Reports on dispensaries and lunatic asylums in the Province of Oudh - 1869-1876
Year: 1869
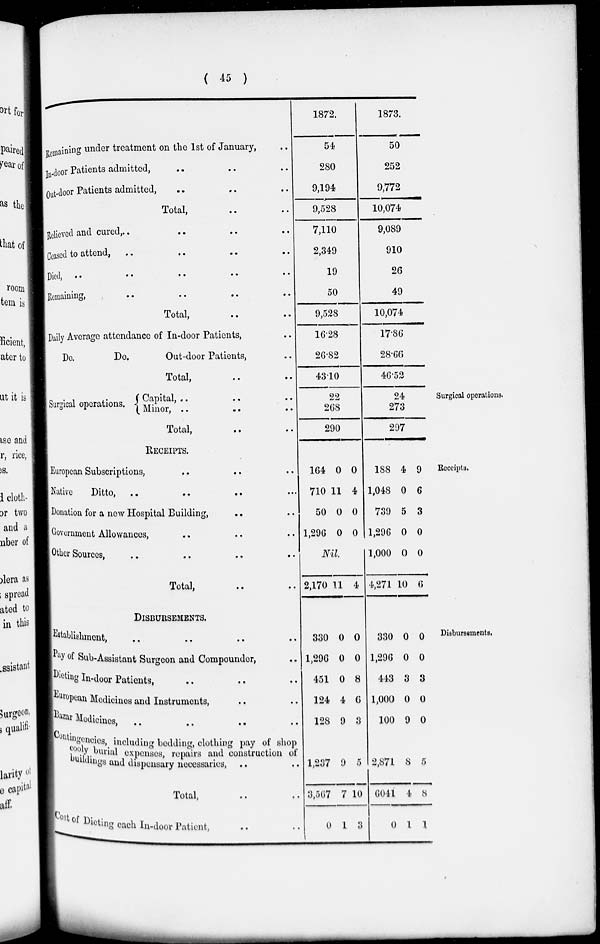
( 45 )
Remaining under treatment on the 1st of January, ..
In-door Patients admitted, .. .. ..
Out-door Patients admitted, .. .. ..
Total, .. ..
Believed and cured, .. .. .. ..
Ceased to attend, .. .. .. ..
Died,
..
..
..
..
..
Remaining, .. .. .. ..
Total, .. ..
Daily Average attendance of In-door Patients, ..
Do.
Do.
Out-door Patients, ..
Total, .. ..
1872.
54
280
9,194
9,528
7,110
2,349
19
50
9,528
16.28
26.82
43.10
1873.
50
252
9,772
10,074
9,089
910
26
49
10,074
17.86
28.66
46.52
Surgical operations.
Surgical
operations. Capital, .. .. ..
Minor, .. .. ..
Total, .. ..
22
268
290
24
273
297
Receipts.
RECEIPTS.
European Subscriptions, .. .. ..
Native
Ditto, .. .. .. ..
Donation for a new Hospital Building, .. ..
Government Allowances, .. .. .. ..
Other Sources, .. .. .. ..
Total, .. ..
164
710
50
1,296
0
11
0
0
0
4
0
0
Nil.
2,170 11 4
188
1,048
739
1,296
1,000
4,271
4
0
5
0
0
10
9
6
3
0
0
6
Disbursements.
DISBURSEMENTS.
Establishment,
..
..
..
..
Pay of Sub-Assistant Surgeon and Compounder, ..
Dieting In-door Patients, .. .. ..
European Medicines and Instruments, .. ..
Bazar Medicines, .. .. .. ..
Contingencies, including bedding, clothing pay of shop
Cooly burial expenses, repairs and construction of
buildings and dispensary necessaries, .. ..
Total, .. ..
Cost of Dieting each In-door Patient, .. ..
330
1,296
451
124
128
1,237
3,567
0
0
0
0
4
9
9
7
1
0
0
8
6
3
0
10
3
330
1,296
443
1,000
100
2,871
6041
0
0
0
3
0
9
8
4
1
0
0
3
0
0
5
8
1